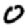
Digit: 0